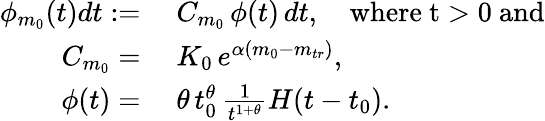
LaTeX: \begin{array}{rl}{\phi_{m_{0}}(t)dt:=}&{\; C_{m_{0}}\, \phi(t)\, dt,\quad\mathrm{where~t>0~and}}\\ {C_{m_{0}}=}&{\; K_{0}\, e^{\alpha(m_{0}-m_{tr})},}\\ {\phi(t)=}&{\; \theta\, t_{0}^{\theta}\, \frac{1}{t^{1+\theta}}H(t-t_{0}).}\end{array}